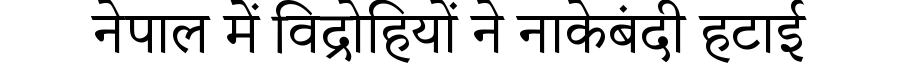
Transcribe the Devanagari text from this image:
नेपाल में विद्रोहियों ने नाकेबंदी हटाई